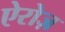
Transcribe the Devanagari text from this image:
ऐरोज़